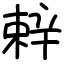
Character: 辢